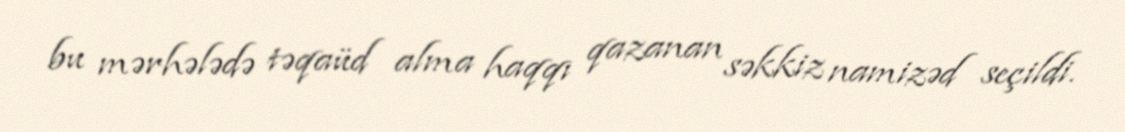
bu mərhələdə təqaüd alma haqqı qazanan səkkiz namizəd seçildi.